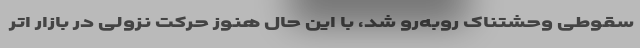
سقوطی وحشتناک روبه‌رو شد، با این حال هنوز حرکت نزولی در بازار اتر